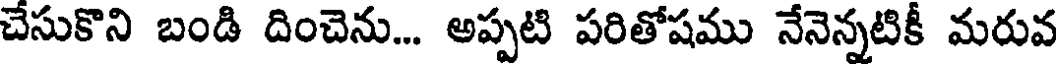
చేసుకొని బండి దించెను... అప్పటి పరితోషము నేనెన్నటికీ మరువ